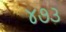
૪૭૩